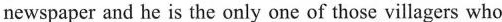
newspaper and he is the only one of those villagers who